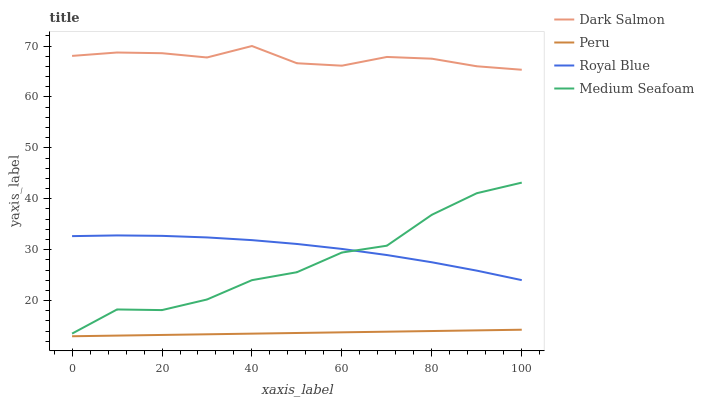
| xaxis_label | Dark Salmon | Peru | Royal Blue | Medium Seafoam |
 | --- | --- | --- | --- | --- |
 | 0 | 68.1 | 13 | 32.7 | 13.5 |
 | 10 | 68.7 | 13.1 | 32.8 | 18.3 |
 | 20 | 68.6 | 13.3 | 32.7 | 18.1 |
 | 30 | 67.7 | 13.4 | 32.4 | 20.2 |
 | 40 | 70 | 13.5 | 31.9 | 24 |
 | 50 | 66.6 | 13.6 | 31.1 | 25.6 |
 | 60 | 66.1 | 13.8 | 30.1 | 29.4 |
 | 70 | 67.9 | 13.9 | 28.9 | 30.8 |
 | 80 | 67.5 | 14 | 27.5 | 36.9 |
 | 90 | 66 | 14.2 | 25.9 | 41.1 |
 | 100 | 65.3 | 14.3 | 24 | 43.2 |